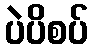
ပဲပိစပ်